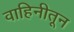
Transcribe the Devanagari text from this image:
वाहिनीतून